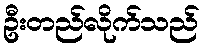
ဦးတည်လိုက်သည်